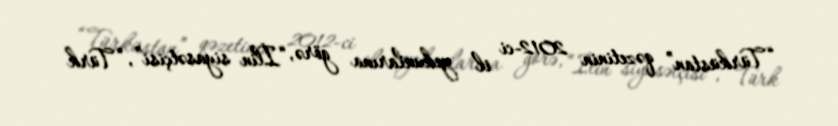
“Türküstan” qəzetinin 2012-ci il yekunlarına görə, “İlin siyasətçisi”, “Türk